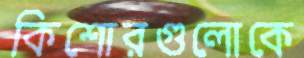
কিশোরগুলোকে